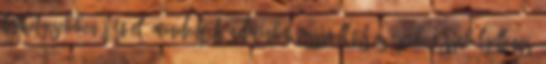
leghelyesebben járt el. Mindenféle adminbit visszaállítás ez esetben szabályellenes,